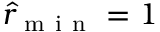
\hat { r } _ { \mathrm { ~ m ~ i ~ n ~ } } = 1